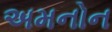
અમનોન